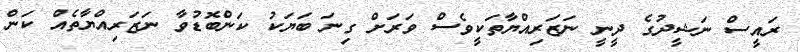
ރައީސް ނަޝީދުގެ ދީނީ ނަޒަރިއްޔާތަކީވެސް ވަރަށް ގިނަ ބަޔަކު ކަންބޮޑުވާ ނަޒަރިއްޔާތެއް ކަން